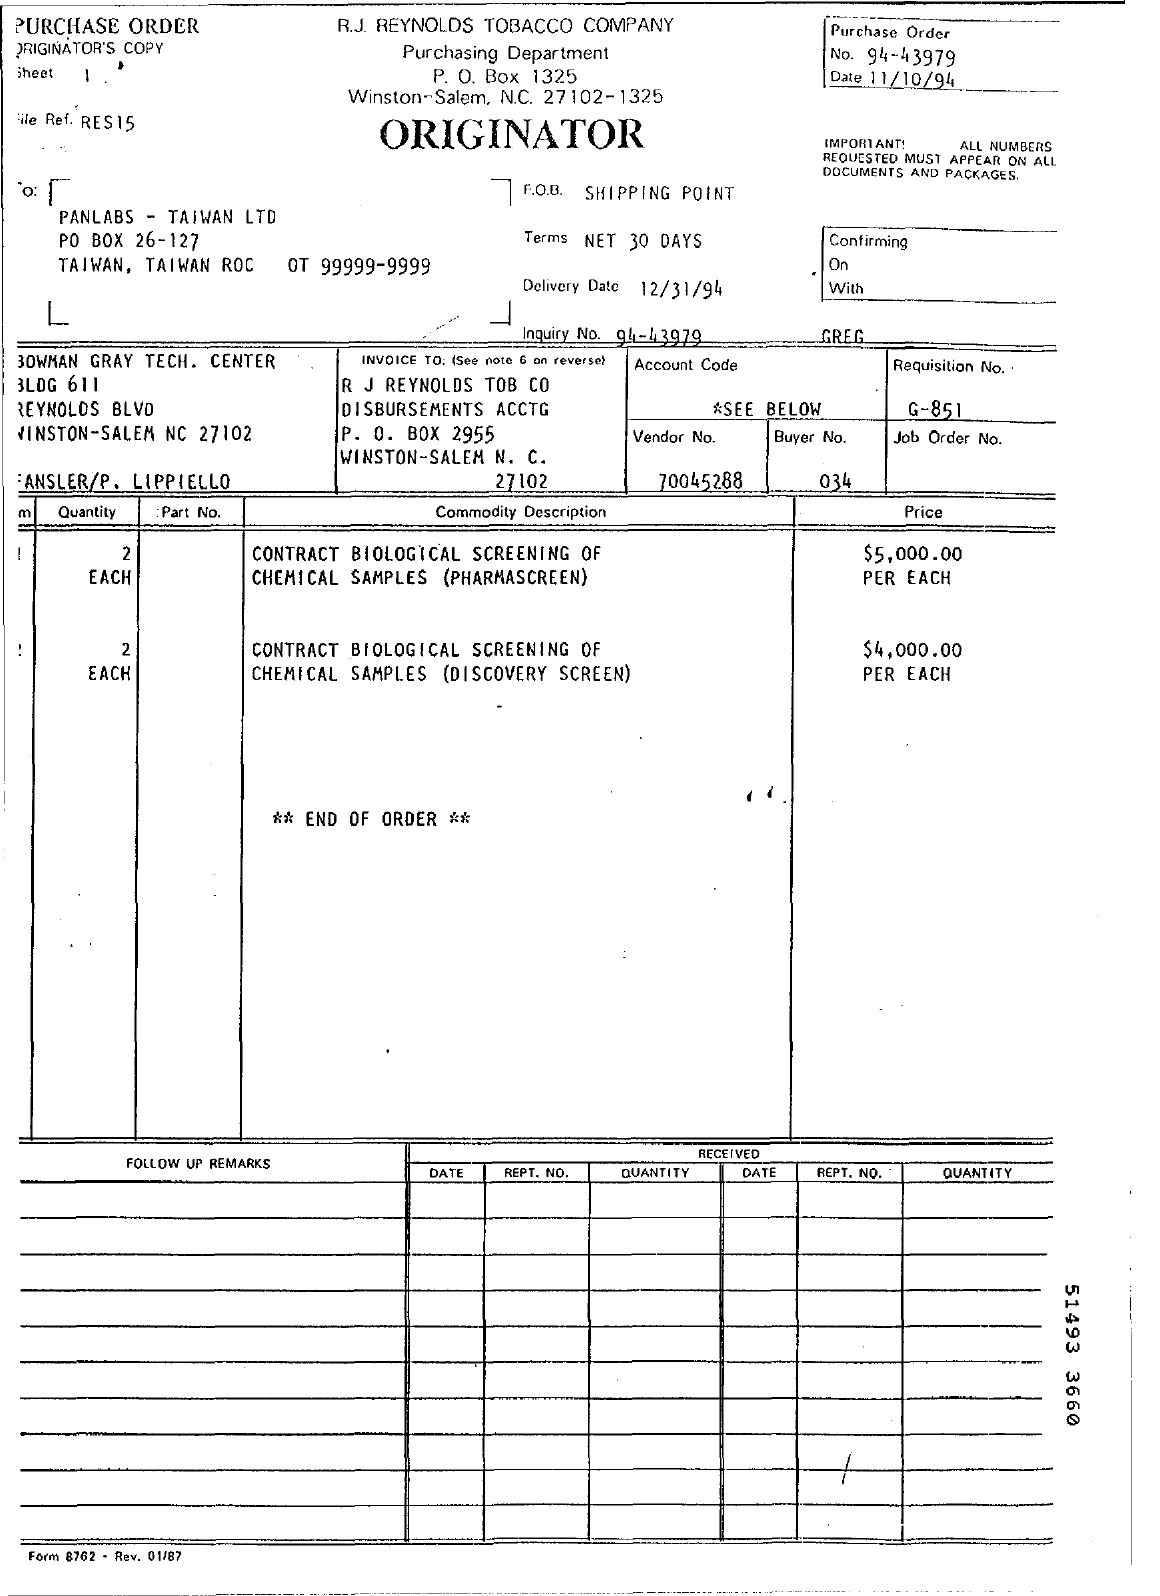
PURCHASE ORDER    R.J. REYNOLDS TOBACCO COMPANY
  ORIGINATOR'S COPY
     Purchase Order
     Purchasing Department    No. 94-43979
  Shee    P. O. Box 1325
     Winston-Salem, N.C. 27102-1325
     Date 11/10/94
  File Ref. RES15
     ORIGINATOR    IMPORTANT! ALL NUMBERS
     REQUESTED MUST APPEAR ON ALL
     F.O.B. SHIPPING POINT
     DOCUMENTS AND PACKAGES.
    PANLABS - TAIWAN LTD
     PO BOX 26-127    Terms NET 30 DAYS    Confirming
     TAIWAN, TAIWAN ROC OT 99999-9999    On
     Delivery Date 12/31/94 With
    L    --
     Inquiry No. 94-4 3979 GREG
  BOWMAN GRAY TECH. CENTER  INVOICE TO: (See note G on reverse) Account Code Requisition No.
  BLOG 611    R J REYNOLDS TOB CO
  REYNOLDS BLVD    DISBURSEMENTS ACCTG    ASEE BELOW    G-851
  WINSTON-SALEM NC 27102  P. O. BOX 2955
     WINSTON-SALEM N. C.
     Vendor No. Buyer No. Job Order No.
  FANSLER/P. LIPPIELLO    27102    70045288    034
  m  Quantity Part No.    Commodity Description    Price
  -
     2    CONTRACT BIOLOGICAL SCREENING OF
     CHEMICAL SAMPLES (PHARMASCREEN)
     $5.000.00
     EACH    PER EACH
     2    CONTRACT BIOLOGICAL SCREENING OF
     CHEMICAL SAMPLES (DISCOVERY SCREEN)
     $4,000.00
     EACH    PER EACH
     ** END OF ORDER **
     FOLLOW UP REMARKS
     RECEIVED
     DATE  REPT. NO. QUANTITY DATE REPT. NO. QUANTITY
     51493
     3660
  Form 8762 - Rev. 01/87